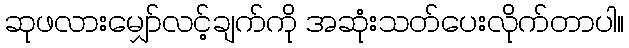
ဆုဖလားမျှော်လင့်ချက်ကို အဆုံးသတ်ပေးလိုက်တာပါ။